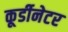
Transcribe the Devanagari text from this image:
कूर्डीनेटर